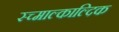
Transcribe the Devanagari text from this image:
स्च्माल्काल्दिक